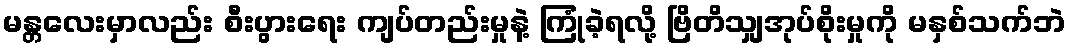
မန္တလေးမှာလည်း စီးပွားရေး ကျပ်တည်းမှုနဲ့ ကြုံခဲ့ရလို့ ဗြိတိသျှအုပ်စိုးမှုကို မနှစ်သက်ဘဲ